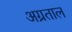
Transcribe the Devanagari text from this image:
अग्रताल